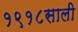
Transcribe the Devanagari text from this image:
१९१८साली